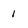
Character: 1